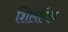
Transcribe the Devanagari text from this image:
शिलामेघ